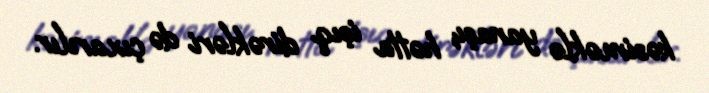
kəsiməklə yanaşı, hətta işıq dirəkləri də çıxarılır.